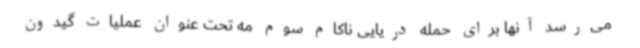
می‌رسد آنها برای حمله دریایی ناکام سوم مه تحت عنوان عملیات گیدون